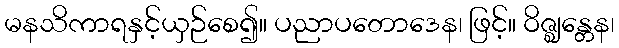
မနသိကာရနှင့်ယှဉ်စေ၍။ ပညာပတောဒေန၊ ဖြင့်။ ဝိဇ္ဈန္တေန၊